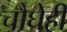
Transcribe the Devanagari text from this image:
चौघेही